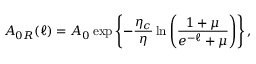
A _ { 0 R } ( \ell ) = A _ { 0 } \exp \left\{ - \frac { \eta _ { c } } { \eta } \ln \left( \frac { 1 + \mu } { e ^ { - \ell } + \mu } \right) \right\} ,